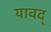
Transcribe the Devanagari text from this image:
यावद्